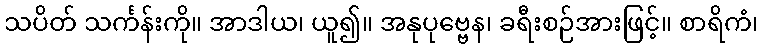
သပိတ် သင်္ကန်းကို။ အာဒါယ၊ ယူ၍။ အနုပုဗ္ဗေန၊ ခရီးစဉ်အားဖြင့်။ စာရိကံ၊